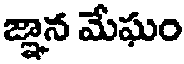
జ్ఞాన మేఘం